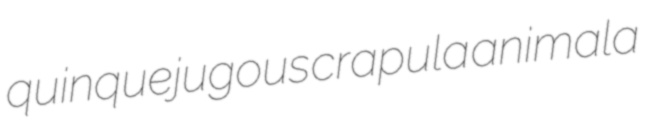
quinquejugous crapula animala